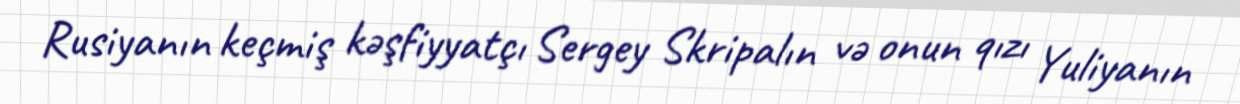
Rusiyanın keçmiş kəşfiyyatçı Sergey Skripalın və onun qızı Yuliyanın